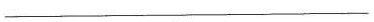
___